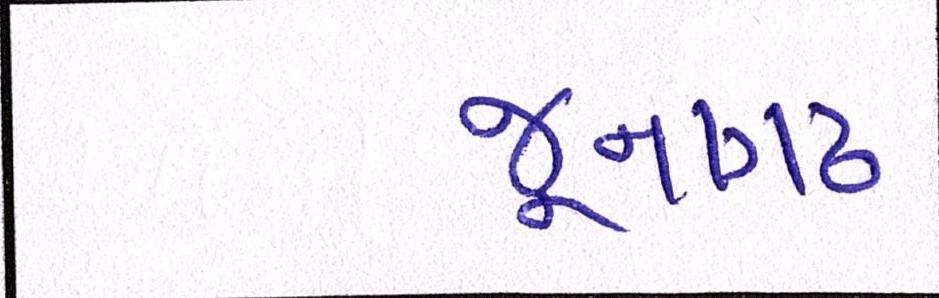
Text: જૂનાગઢ